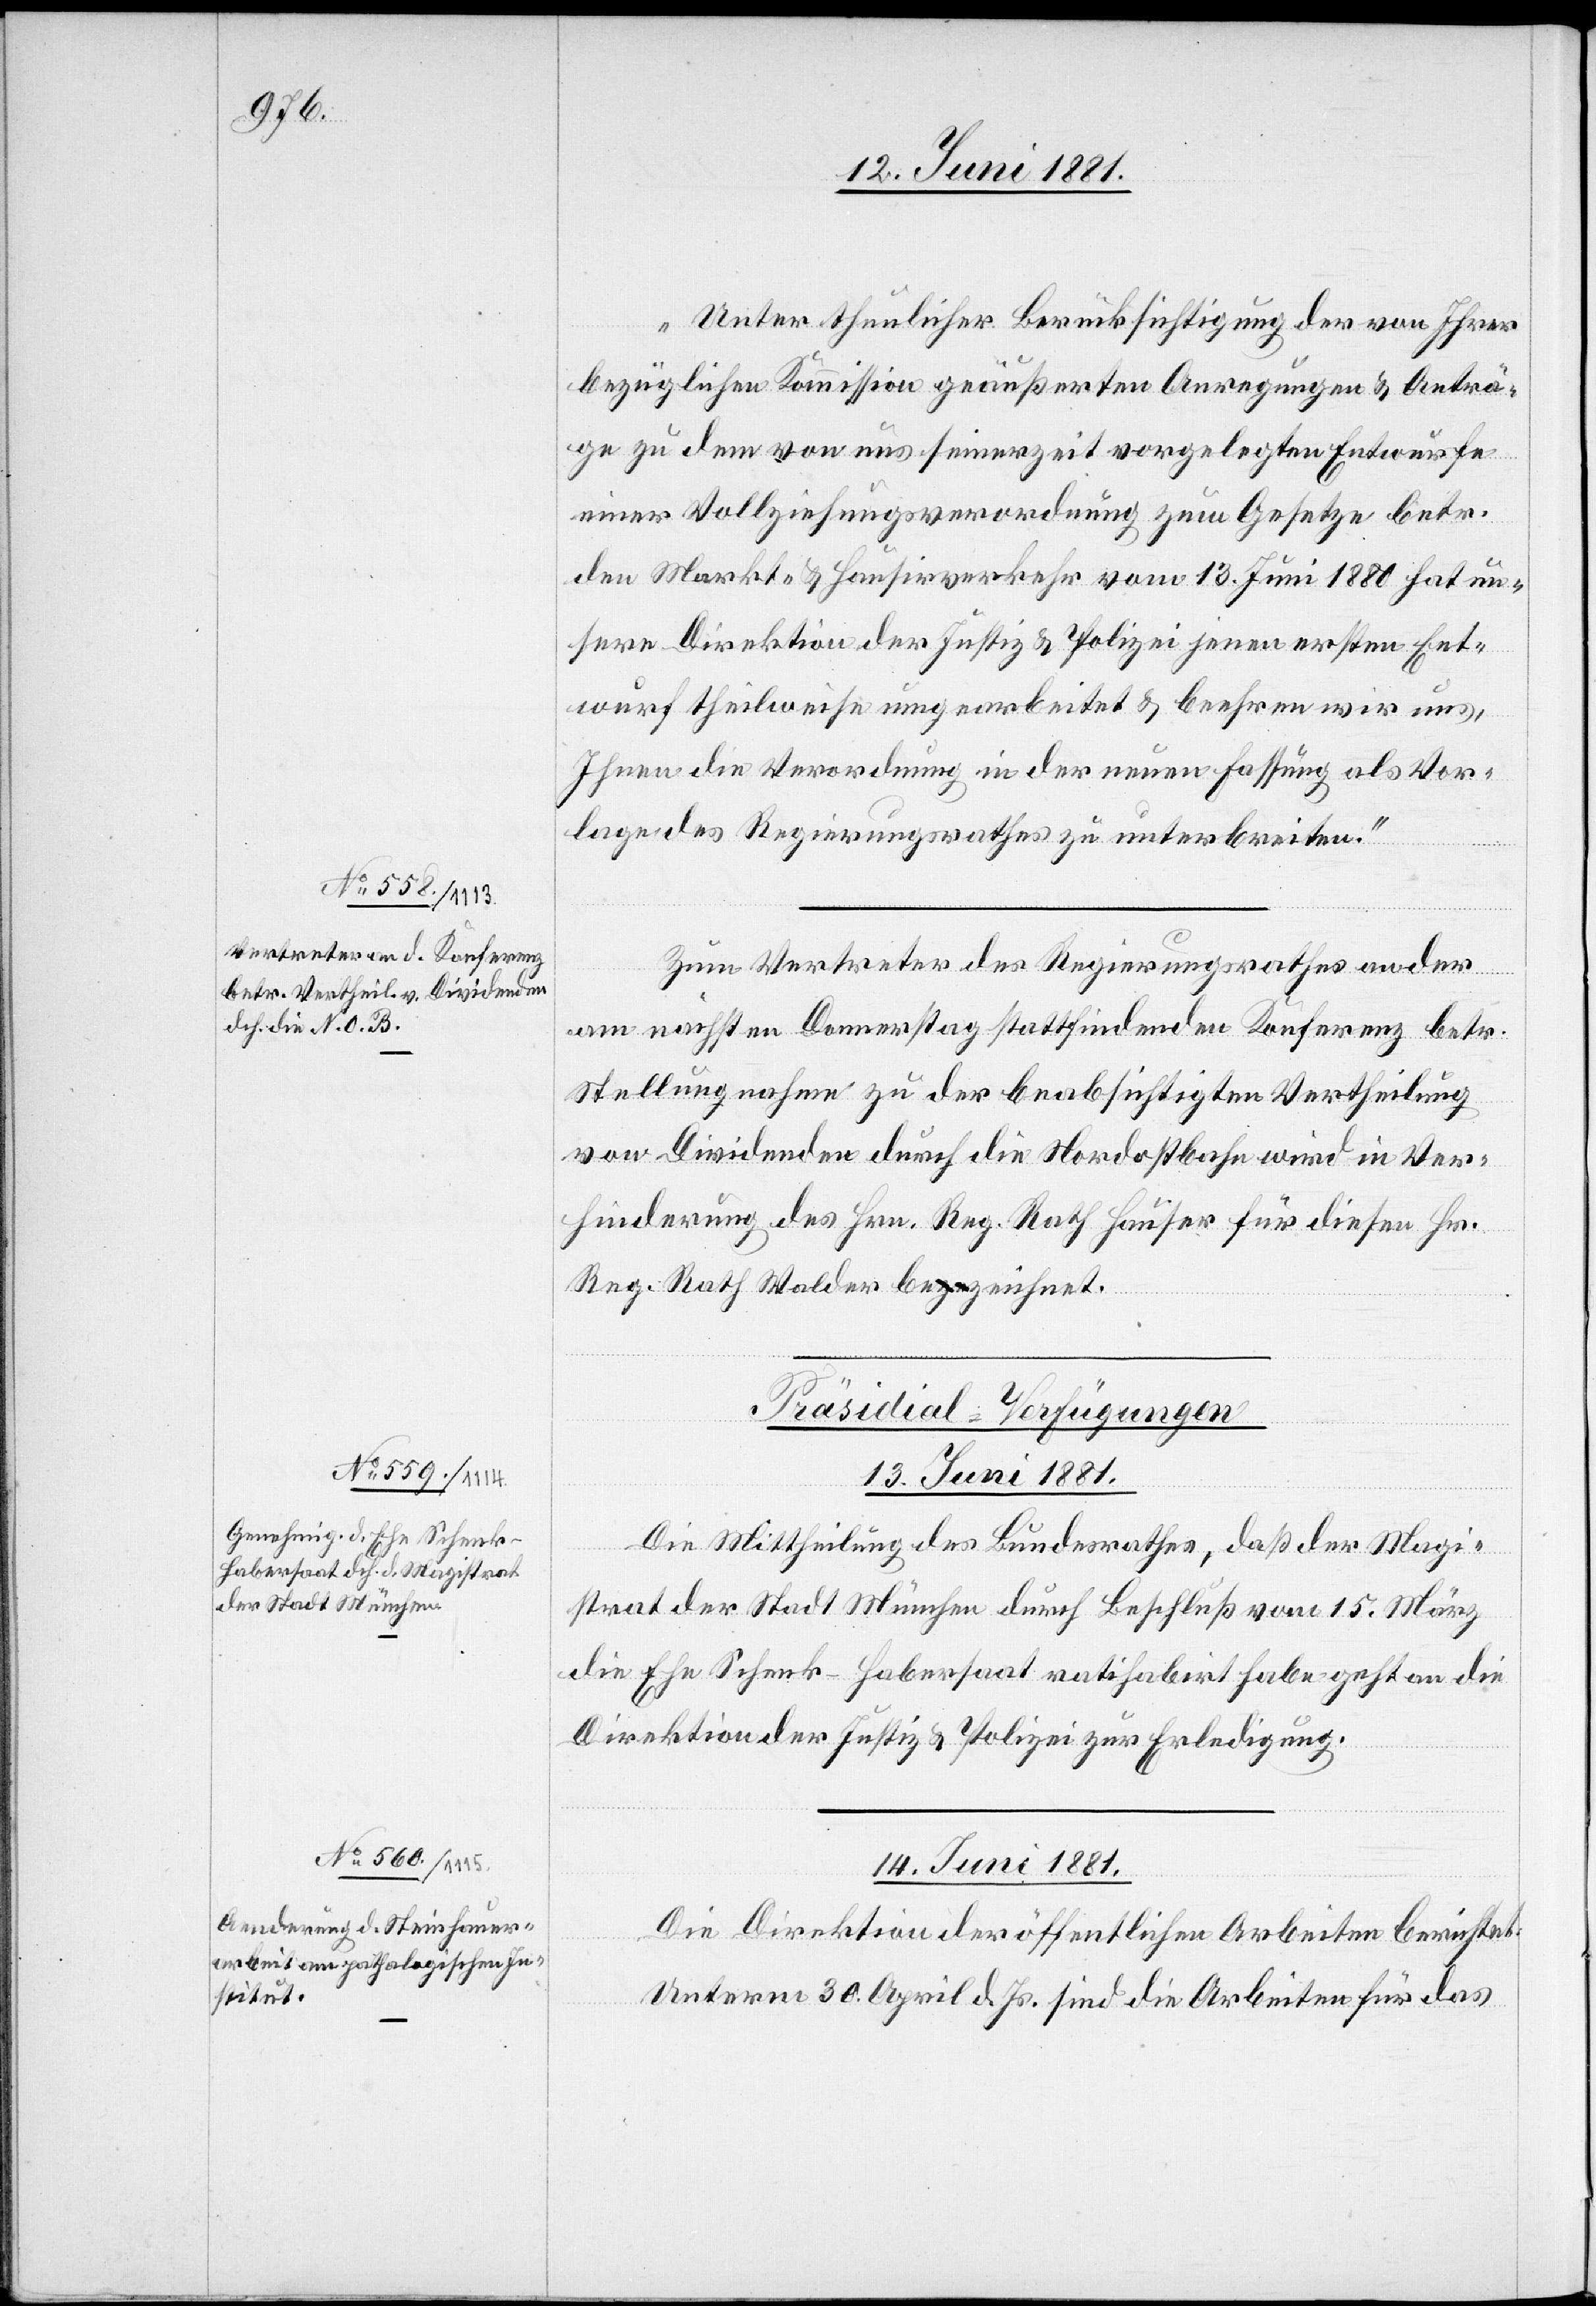
„Unter thunlicher Berücksichtigung der von Ihrer
bezüglichen Kommission geäußerten Anregungen & Anträ¬
ge zu dem von uns seinerzeit vorgelegten Entwürfen
einer Vollziehungsverordnung zum Gesetze betr.
den Markt- & Hausirverkehr vom 13. Juni 1880 hat un¬
sere Direktion der Justiz & Polizei jenen ersten Ent¬
wurf theilweise umgearbeitet & beehren wir uns,
Ihnen die Verordnung in der neuen Fassung als Vor¬
lage des Regierungsrathes zu unterbreiten“
Zum Vertreter des Regierungsrathes an der
am nächsten Donnerstag stattfindenden Konferenz betr.
Stellungnahme zu der beabsichtigten Vertheilung
von Dividenden durch die Nordostbahn wird in Ver¬
hinderung des Hrn. Reg. Rath Hauser für diesen Hr.
Reg. Rath Walder bezeichnet.
[Präsidial-Verfügungen]
13. Juni 1881.
Die Mittheilung des Bundesrathes, daß der Magi¬
strat der Stadt München durch Beschluß vom 15. März
die Ehe Schenk-Habersaat ratihabirt habe, geht an die
Direktion der Justiz- & Polizei zur Erledigung.
14. Juni 1881.
Die Direktion der öffentlichen Arbeiten berichtet:
Unterm 30. April d. Js. sind die Arbeiten für das